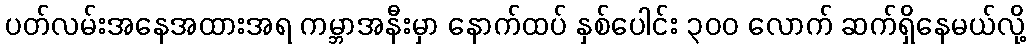
ပတ်လမ်းအနေအထားအရ ကမ္ဘာအနီးမှာ နောက်ထပ် နှစ်ပေါင်း ၃၀၀ လောက် ဆက်ရှိနေမယ်လို့